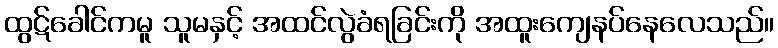
ထွဋ်ခေါင်ကမူ သူမနှင့် အထင်လွဲခံရခြင်းကို အထူးကျေနပ်နေလေသည်။